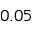
0 . 0 5